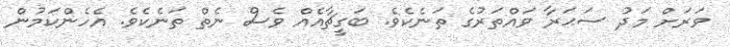
ވަރަށް މަދު ސަޙަރާ ވައްތަރުގެ ތަނެކެވެ. ބަގީޗާއެއް ވެސް ނެތް ތަނެކެވެ. އެހެންކަމުން